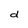
Character: d